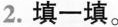
2.填一填。